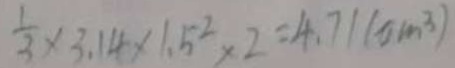
\frac { 1 } { 3 } \times 3 . 1 4 \times 1 . 5 ^ { 2 } \times 2 = 4 . 7 1 ( c m ^ { 3 } )